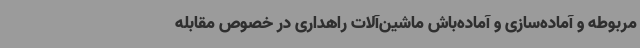
مربوطه و آماده‌سازی و آماده‌باش ماشین‌آلات راهداری در خصوص مقابله